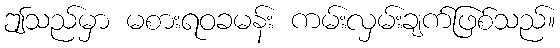
ဤသည်မှာ မစားရဝခမန်း ကမ်းလှမ်းချက်ဖြစ်သည်။